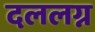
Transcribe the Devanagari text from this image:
दललग्न